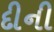
દીની